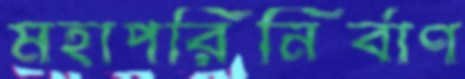
মহাপরিনির্বাণ